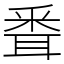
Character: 䎹